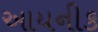
આયનીક